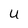
Character: U